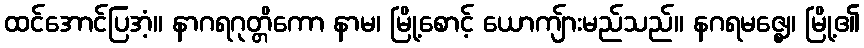
ထင်အောင်ပြအံ့။ နာဂရဂုတ္တိကော နာမ၊ မြို့စောင့် ယောကျ်ားမည်သည်။ နဂရမဇ္ဈေ၊ မြို့၏